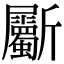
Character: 斸